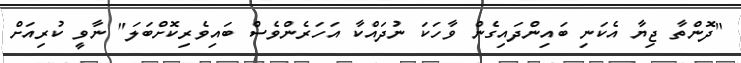
"ދޮންތާ ޖިޔާ އެކަނި ބައިންދައިގެން ވާހަކަ ނުދައްކާ އަހަރެންވެސް ބައިވެރިކޮށްބަލަ" ނާވީ ކުރިއަށް